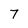
Character: 7